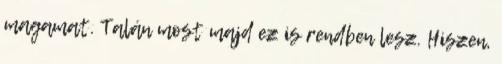
magamat. Talán most majd ez is rendben lesz. Hiszen,